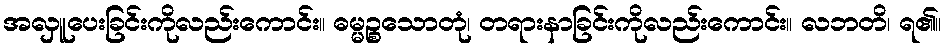
အလှူပေးခြင်းကိုလည်းကောင်း။ ဓမ္မဉ္စသောတုံ၊ တရားနာခြင်းကိုလည်းကောင်း။ လဘတိ၊ ရ၏။